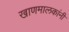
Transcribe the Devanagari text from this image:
खाणमालकांनी